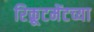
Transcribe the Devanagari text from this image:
रिक्रूटमेंटच्या